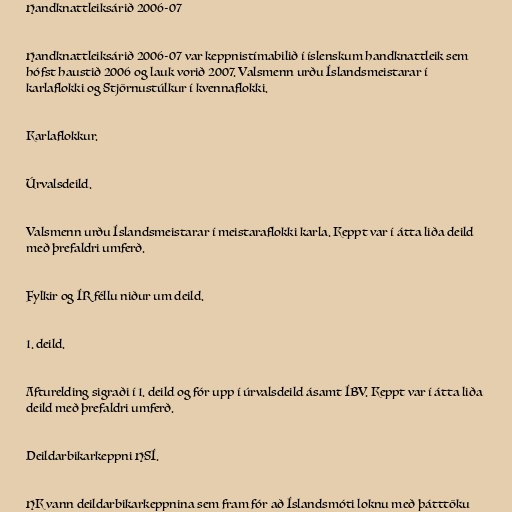
Handknattleiksárið 2006-07

Handknattleiksárið 2006-07 var keppnistímabilið í íslenskum handknattleik sem
hófst haustið 2006 og lauk vorið 2007. Valsmenn urðu Íslandsmeistarar í
karlaflokki og Stjörnustúlkur í kvennaflokki.

Karlaflokkur.

Úrvalsdeild.

Valsmenn urðu Íslandsmeistarar í meistaraflokki karla. Keppt var í átta liða deild
með þrefaldri umferð.

Fylkir og ÍR féllu niður um deild.

1. deild.

Afturelding sigraði í 1. deild og fór upp í úrvalsdeild ásamt ÍBV. Keppt var í átta liða
deild með þrefaldri umferð.

Deildarbikarkeppni HSÍ.

HK vann deildarbikarkeppnina sem fram fór að Íslandsmóti loknu með þátttöku